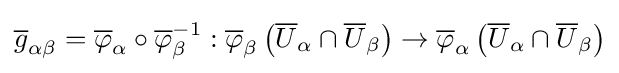
{\overline {g}}_{\alpha \beta }={\overline {\varphi }}_{\alpha }\circ {\overline {\varphi }}_{\beta }^{-1}:{\overline {\varphi }}_{\beta }\left({\overline {U}}_{\alpha }\cap {\overline {U}}_{\beta }\right)\rightarrow {\overline {\varphi }}_{\alpha }\left({\overline {U}}_{\alpha }\cap {\overline {U}}_{\beta }\right)